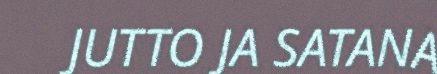
JUTTO JA SATANA